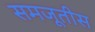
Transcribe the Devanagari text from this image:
समजूतीस